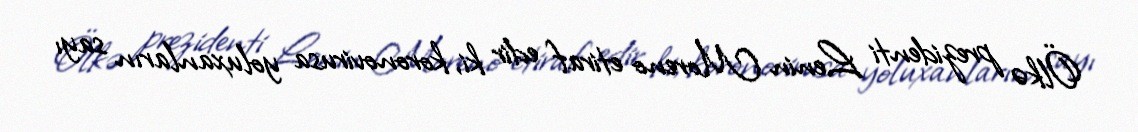
Ölkə prezidenti Lenin Moreno etiraf edir ki, koronovirusa yoluxanların sayı